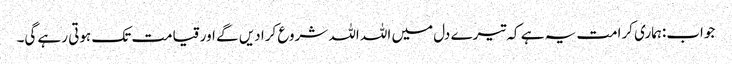
جواب:ہماری کرامت یہ ہے کہ تیرے دل میں اللہ اللہ شروع کرا دیں گے اور قیامت تک ہوتی رہے گی۔